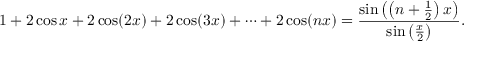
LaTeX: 1 + 2 \cos x + 2 \cos ( 2 x ) + 2 \cos ( 3 x ) + \cdots + 2 \cos ( n x ) = { \frac { \sin \left( \left( n + { \frac { 1 } { 2 } } \right) x \right) } { \sin \left( { \frac { x } { 2 } } \right) } } .